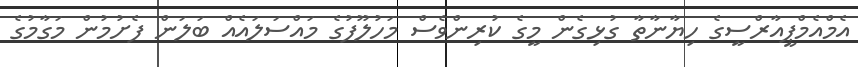
އެމްއެމްޕީއާރްސީގެ ހިޔާނާތާ ގުޅިގެން މީގެ ކުރިންވެސް މަހުލޫފުގެ މައްސަލައެއް ބަލަން ފެށުމުން މަގާމުގެ